Leaving Certificate, 1900
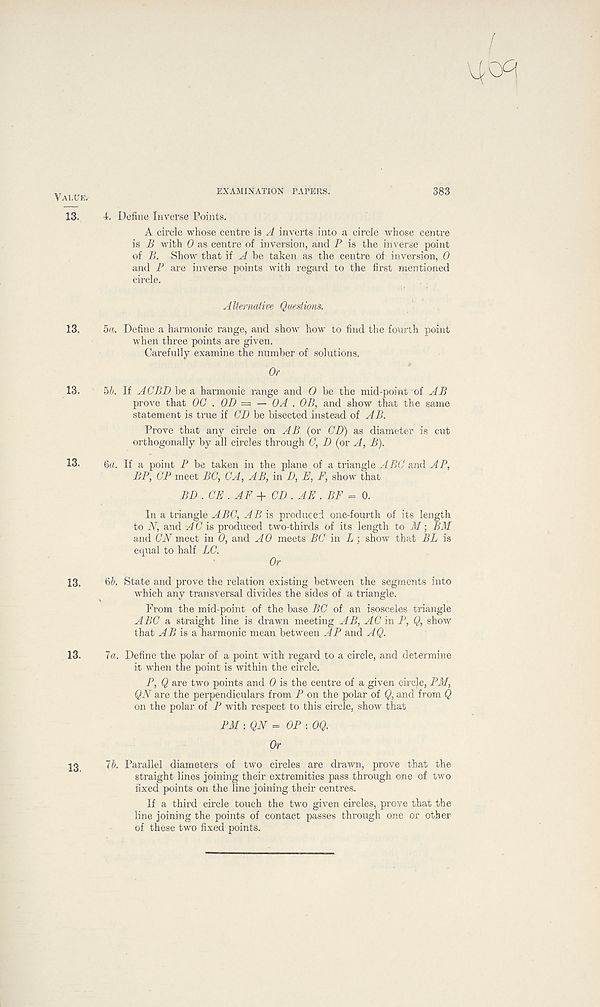
EXAMINATION PAPERS.
383
Value.
13. 4. Define Inverse Points.
A circle whose centre is A inverts into a circle whose centre
is B with 0 as centre of inversion, and P is the inverse point
of B. Show that if A be taken as the centre of inversion, 0
and P are inverse points with regard to the first mentioned
circle.
Alternative Questions.
13. ba. Define a harmonic range, and show how to find the fourth point
when three points are given.
Carefully examine the number of solutions.
Or
13. bb. If ACBD be a harmonic range and O be the mid-point of AB
prove that OC . OD = — OA . OB, and show that the same
statement is true if OD be bisected instead of AB.
Prove that any circle on AB (or CD) as diameter is cut
orthogonally by all circles through 0, D (or A, B).
13. <oa. If a point P be taken in the plane of a triangle ABC and AP,
BP, CP meet BC, CA, AB, in D, E, F, show that
BD.CE.AF+CD.AE. BE = 0.
In a triangle ABC, AB is produced one-fourth of its length
to iV, and A C is produced two-thirds of its length to M; BM
and CiVmeet in 0, and AO meets BC in Lshow that BL is
equal to half LC.
Or
13. 6/>. State and prove the relation existing between the segments into
which any transversal divides the sides of a triangle.
From the mid-point of the base BC of an isosceles triangle
ABC a straight line is drawn meeting AB, AC in P, Q, show
that AB is & harmonic mean between AP and AQ.
13. la. Define the polar of a point with regard to a circle, and determine
it when the point is within the circle.
P, Q are two points and 0 is the centre of a given circle, PM,
QN are the perpendiculars from P on the polar of Q, and from Q
on the polar of P with respect to this circle, show that
PM : QN = OP : 0Q.
Or
13 lb. Parallel diameters of two circles are drawn, prove that the
straight lines joining their extremities pass through one of two
fixed points on the line joining their centres.
If a third circle touch the two given circles, prove that the
line joining the points of contact passes through one or other
of these two fixed points.